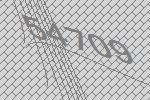
54709